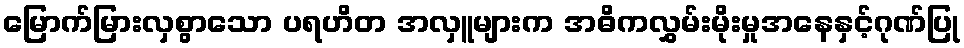
မြောက်မြားလှစွာသော ပရဟိတ အလှူများက အဓိကလွှမ်းမိုးမှုအနေနှင့်ဂုဏ်ပြု